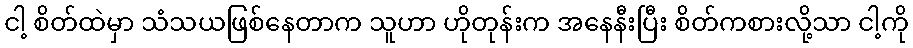
ငါ့ စိတ်ထဲမှာ သံသယဖြစ်နေတာက သူဟာ ဟိုတုန်းက အနေနီးပြီး စိတ်ကစားလို့သာ ငါ့ကို